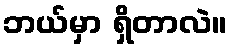
ဘယ်မှာ ရှိတာလဲ။